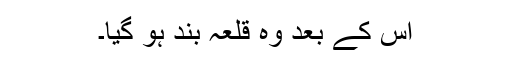
اس کے بعد وہ قلعہ بند ہو گیا۔